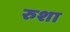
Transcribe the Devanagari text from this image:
रुशा